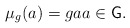
\begin{align*}\mu_g(a)=gaa\in \textsf{G}.\end{align*}